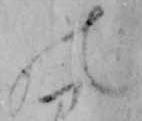
の